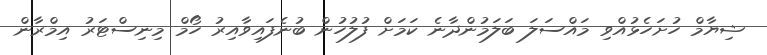
ޝިޔާމް ހުށަހެޅުއްވި މައްސަލަ ބަލަމުންދާނެ ކަމަށް ފުލުހުން ބުނެފައިވާއިރު ހޯމް މިނިސްޓަރު އިމްރާން